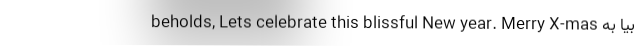
beholds, Lets celebrate this blissful New year. Merry X-mas بیا به